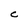
Character: c